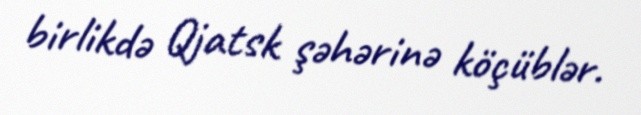
birlikdə Qjatsk şəhərinə köçüblər.